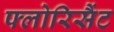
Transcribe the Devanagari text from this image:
फ्लोरिसैंट